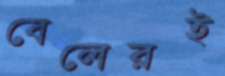
বেলেরই